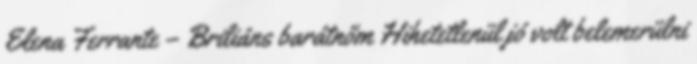
Elena Ferrante – Briliáns barátnőm Hihetetlenül jó volt belemerülni